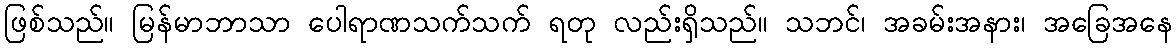
ဖြစ်သည်။ မြန်မာဘာသာ ပေါရာဏသက်သက် ရတု လည်းရှိသည်။ သဘင်၊ အခမ်းအနား၊ အခြေအနေ